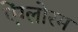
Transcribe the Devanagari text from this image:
ऐंग्लोरम